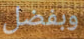
وبفضل